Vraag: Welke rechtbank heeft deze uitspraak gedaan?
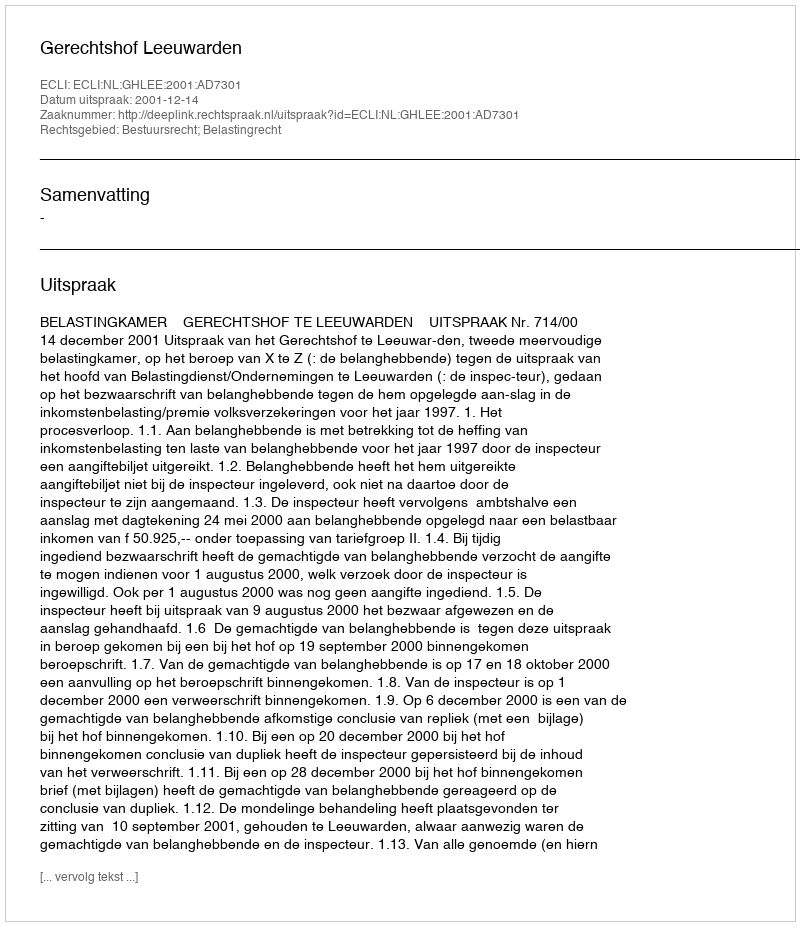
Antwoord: Gerechtshof Leeuwarden